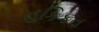
હકિકત